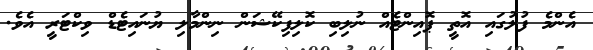
އެންމެ ފުލުގައި އޮތީ ޕޮއިންޓެއް ނުލިބި ކޮލިފިކޭޝަން ނިންމާލި ޔުނައިޓެޑް ވިކްޓަރީ އެވެ.